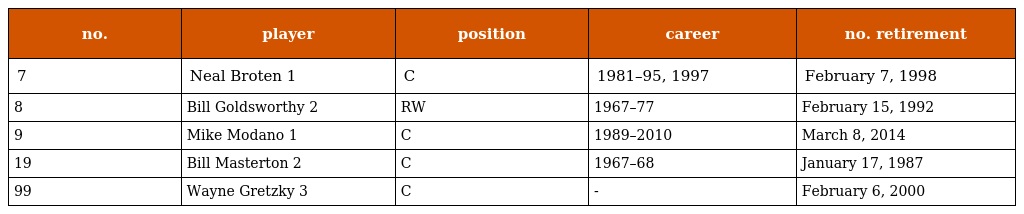
| no. | player | position | career | no. retirement |
 | --- | --- | --- | --- | --- |
 | 7 | Neal Broten 1 | C | 1981–95, 1997 | February 7, 1998 |
 | 8 | Bill Goldsworthy 2 | RW | 1967–77 | February 15, 1992 |
 | 9 | Mike Modano 1 | C | 1989–2010 | March 8, 2014 |
 | 19 | Bill Masterton 2 | C | 1967–68 | January 17, 1987 |
 | 99 | Wayne Gretzky 3 | C | - | February 6, 2000 |